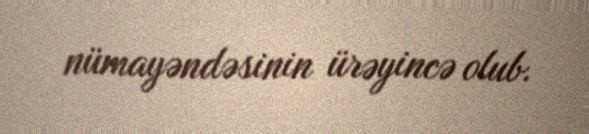
nümayəndəsinin ürəyincə olub.